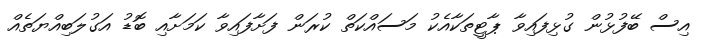
އިސް ބޭފުޅުން ގުޅިފައިވާ ޕާޓީތަކާއެކު މަސައްކަތް ކުރަން ފަށާފައިވާ ކަމަށާއި ބޮޑު އަގުލަބިއްޔަތެއް